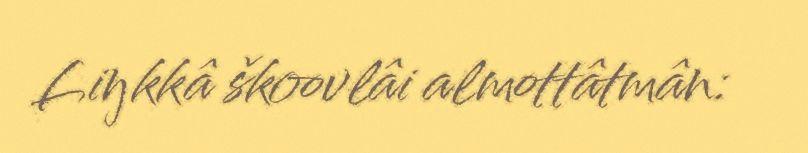
Liŋkkâ škoovlâi almottâtmân: